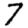
Digit: 7